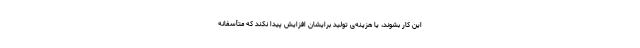
این کار بشوند، یا هزینه‌ی تولید برایشان افزایش پیدا نکند که متأسّفانه